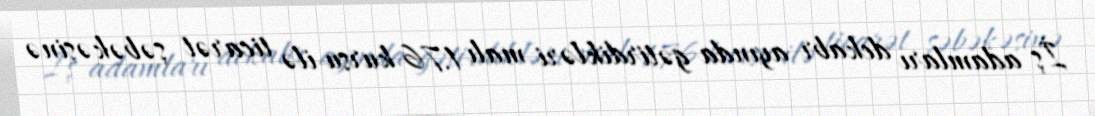
İş adamları dekabr ayında gətirdikləri malı 1.76 kursu ilə ticarət şəbəkəsinə